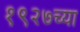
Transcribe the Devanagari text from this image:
१९२७च्या